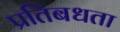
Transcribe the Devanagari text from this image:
प्रतिबधता